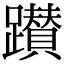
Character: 𨇃